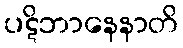
ပဋိဘာနေနာတိ